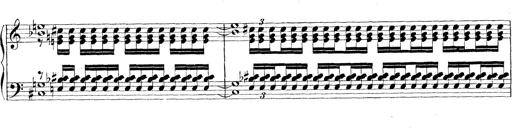
Title: Technische Studien
Composer: Franz Liszt